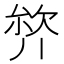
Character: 𭆣